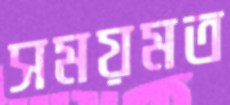
সময়মত